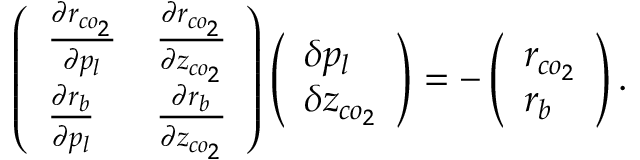
\left( \begin{array} { l l } { \frac { \partial r _ { c o _ { 2 } } } { \partial p _ { l } } } & { \frac { \partial r _ { c o _ { 2 } } } { \partial z _ { c o _ { 2 } } } } \\ { \frac { \partial r _ { b } } { \partial p _ { l } } } & { \frac { \partial r _ { b } } { \partial z _ { c o _ { 2 } } } } \end{array} \right) \left( \begin{array} { l } { \delta p _ { l } } \\ { \delta z _ { c o _ { 2 } } } \end{array} \right) = - \left( \begin{array} { l } { r _ { c o _ { 2 } } } \\ { r _ { b } } \end{array} \right) .